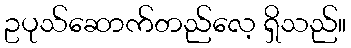
ဥပုသ်ဆောက်တည်လေ့ ရှိသည်။